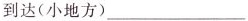
到达(小地方)___